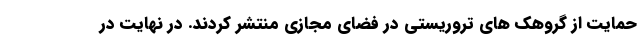
حمایت از گروهک های تروریستی در فضای مجازی منتشر کردند. در نهایت در